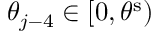
\theta _ { j - 4 } \in [ 0 , \theta ^ { \mathrm { s } } )